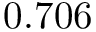
0 . 7 0 6